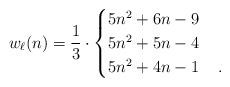
LaTeX: \begin{align*}w_\ell(n)&=\frac{1}{3}\cdot\begin{cases}{5}n^2+6n-9&\\5n^2+5n-4&\\5n^2+4n-1&\rlap{\,.}\end{cases}\end{align*}